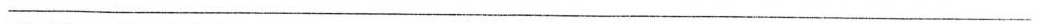
___